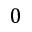
0